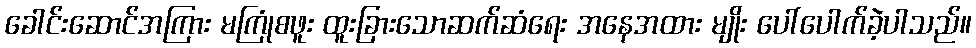
ခေါင်းဆောင်အကြား မကြုံစဖူး ထူးခြားသောဆက်ဆံရေး အနေအထား မျိုး ပေါ်ပေါက်ခဲ့ပါသည်။